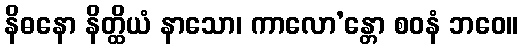
နိဓနော နိတ္ထိယံ နာသော၊ ကာလော’န္တော စဝနံ ဘဝေ။